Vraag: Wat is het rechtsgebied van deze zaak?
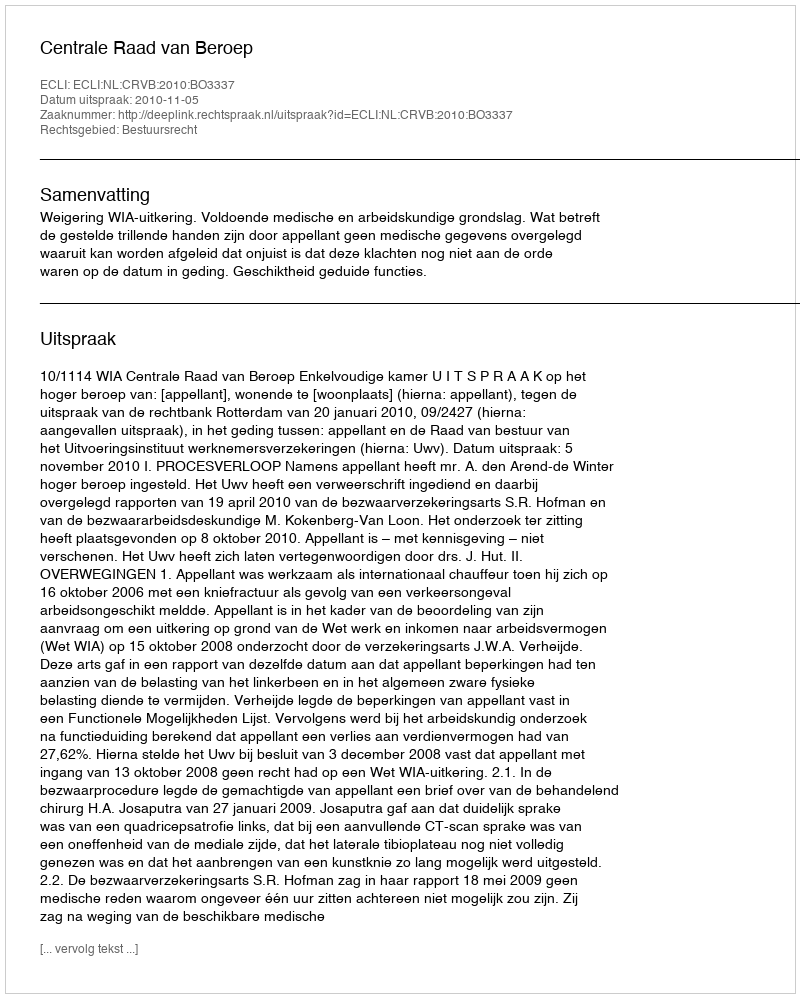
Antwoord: Bestuursrecht